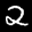
Label: 2